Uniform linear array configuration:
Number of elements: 4
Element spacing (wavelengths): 1
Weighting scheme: hann
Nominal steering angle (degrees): -60
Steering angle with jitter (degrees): -61.457
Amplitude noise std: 0.05
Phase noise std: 0.05

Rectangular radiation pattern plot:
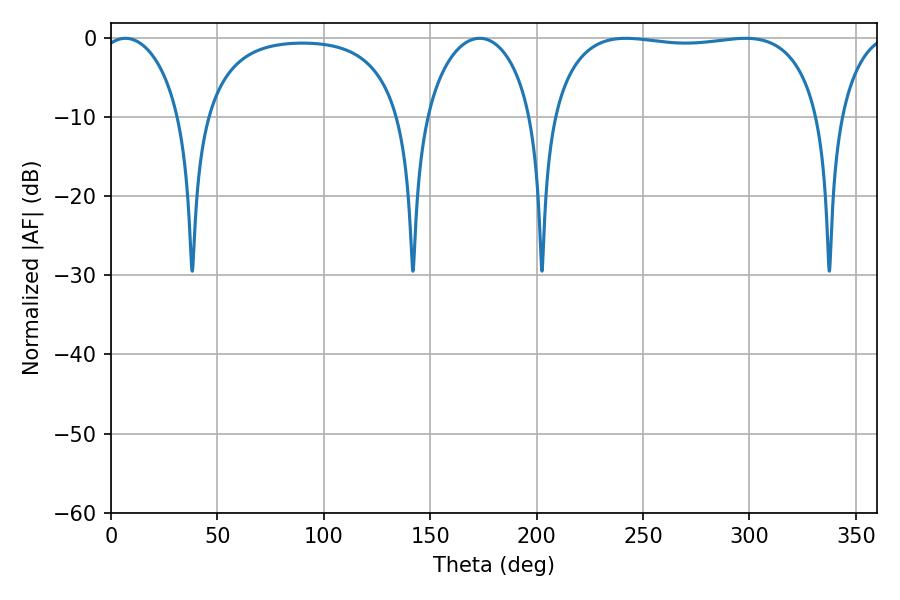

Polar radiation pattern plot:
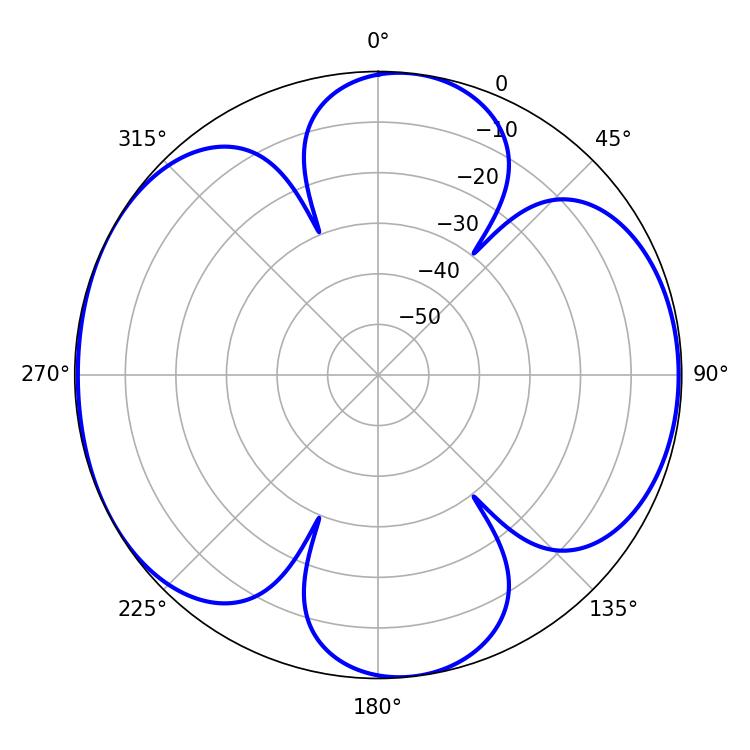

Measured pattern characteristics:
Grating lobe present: TRUE
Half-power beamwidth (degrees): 101.52
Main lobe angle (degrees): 241.92